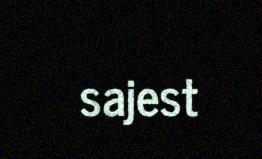
sajest